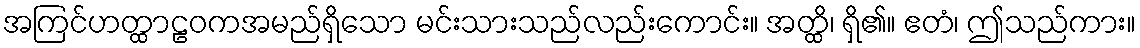
အကြင်ဟတ္ထာဠဝကအမည်ရှိသော မင်းသားသည်လည်းကောင်း။ အတ္ထိ၊ ရှိ၏။ ဧတံ၊ ဤသည်ကား။